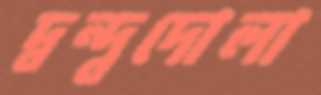
দ্বন্দ্বদোলা